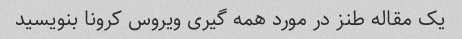
یک مقاله طنز در مورد همه گیری ویروس کرونا بنویسید